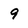
Character: 9